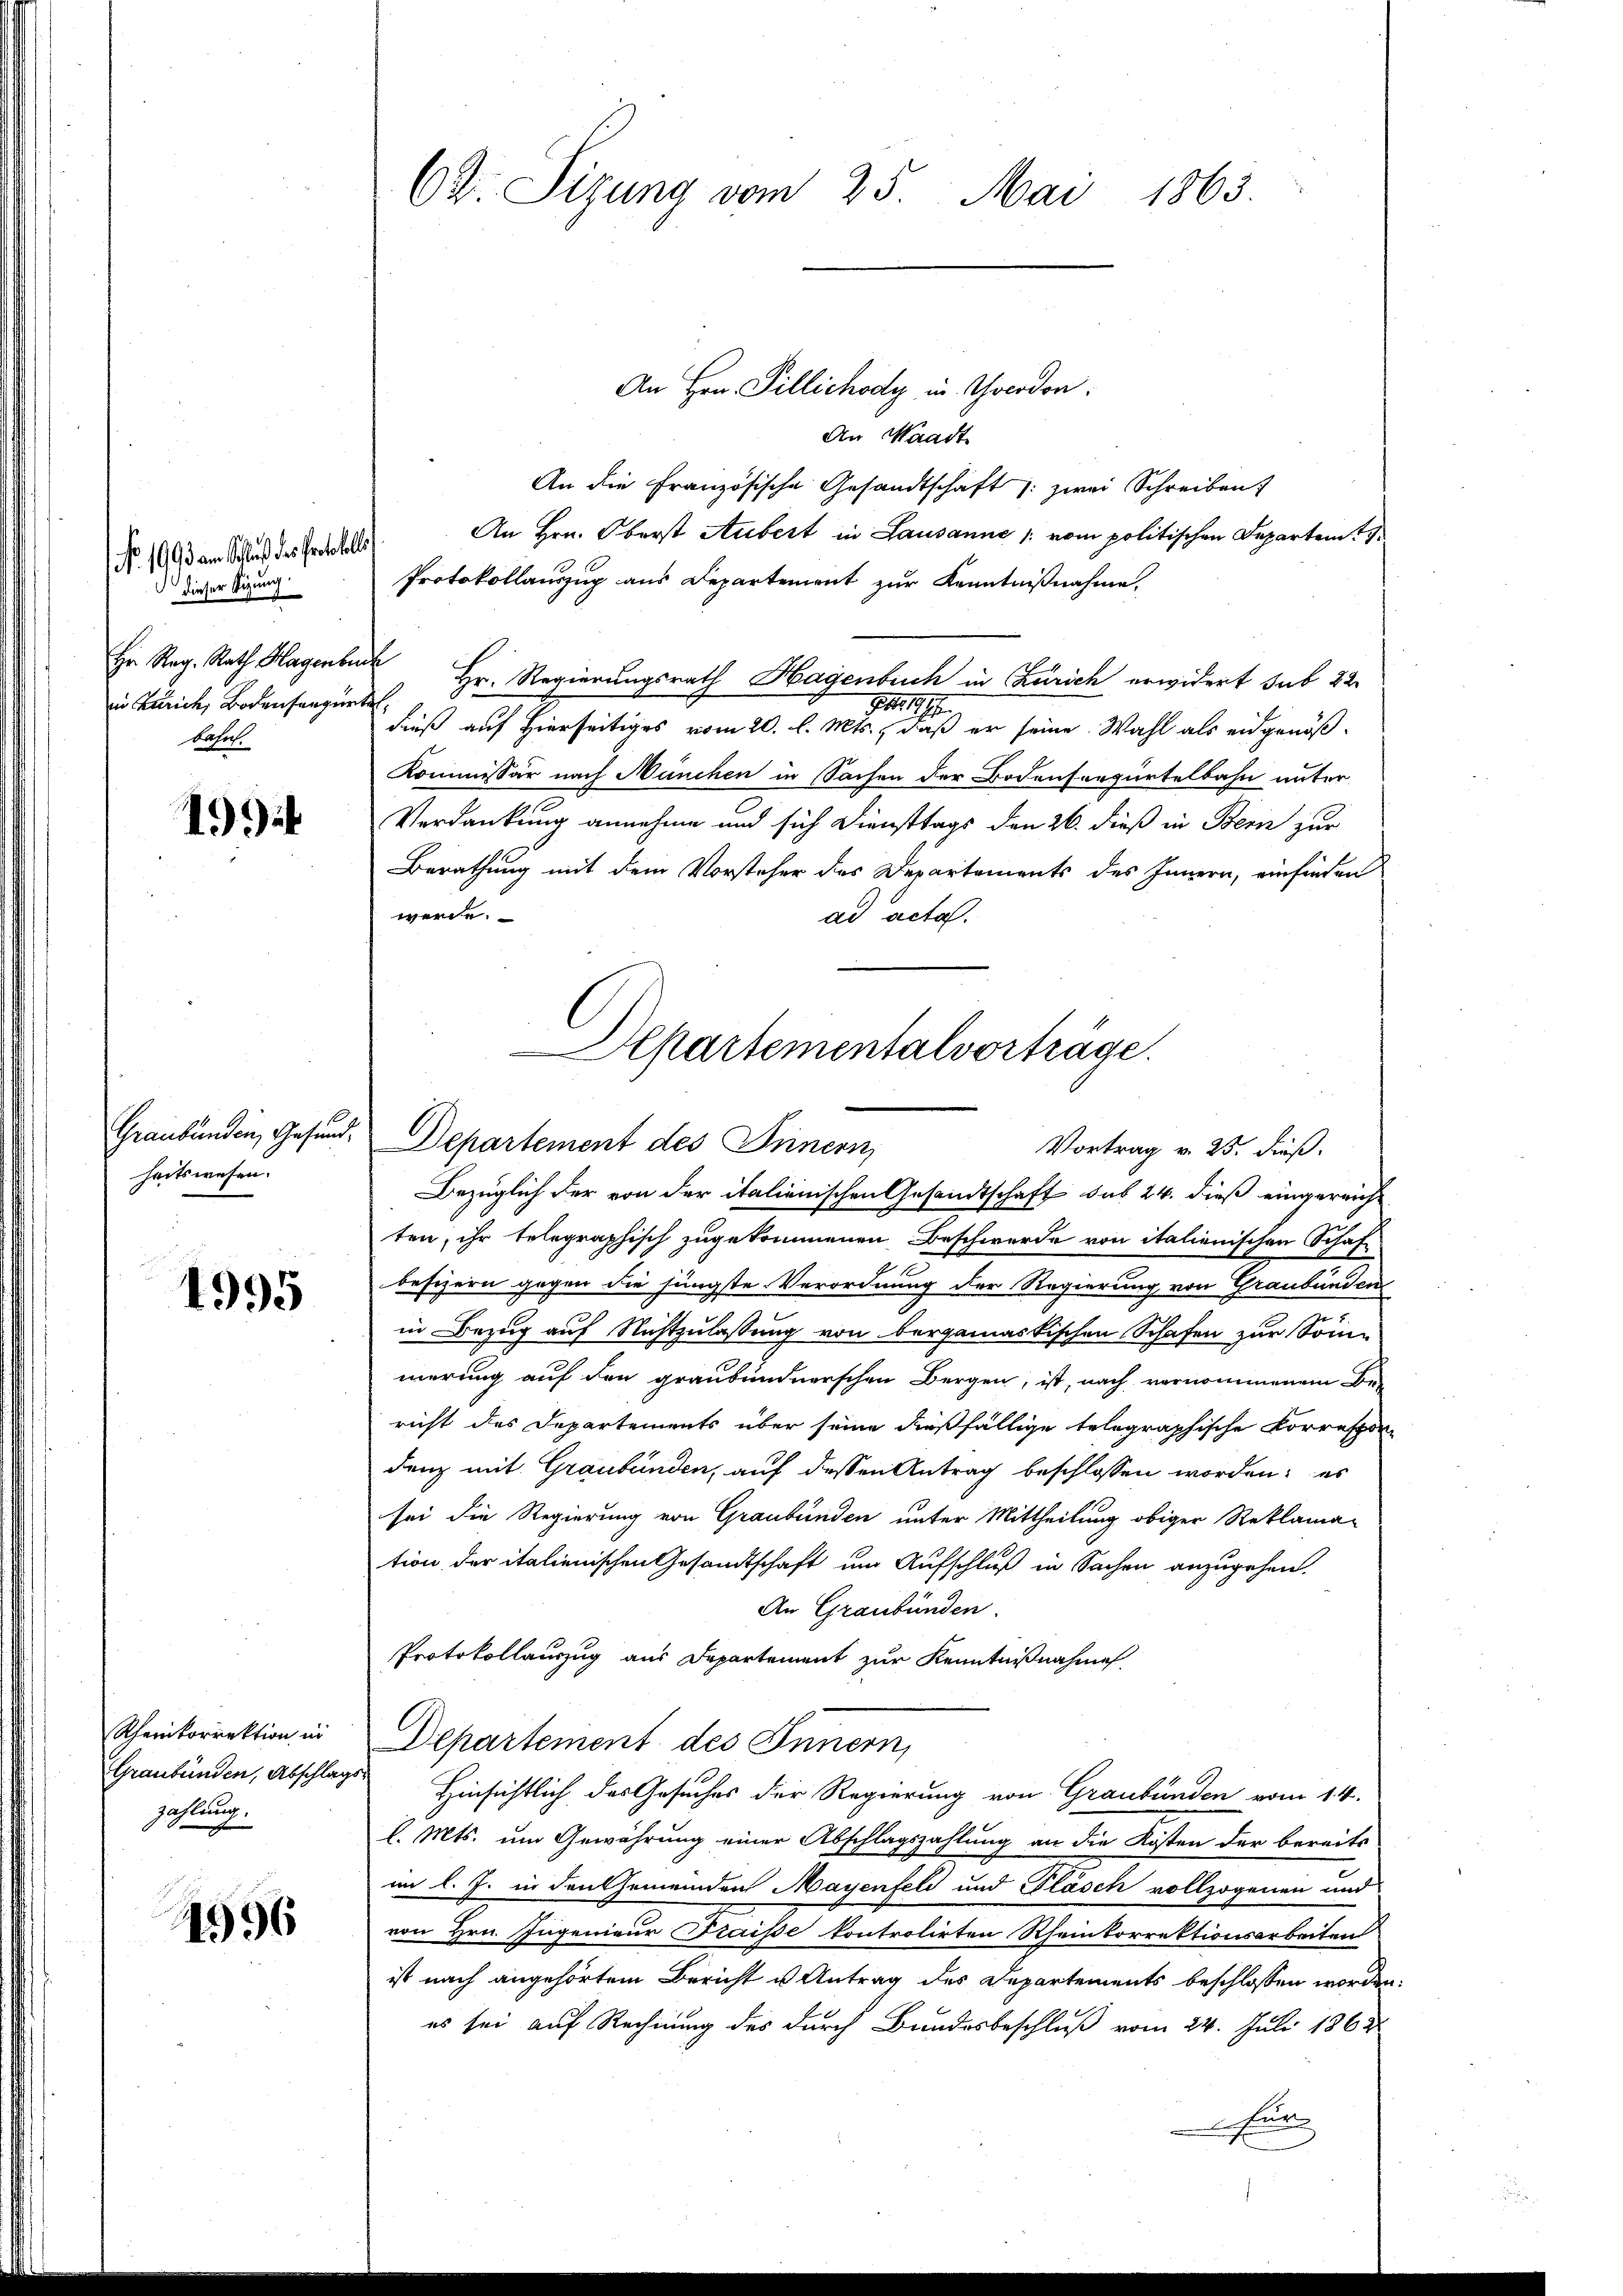
No 1093 am Schluß des Protokolls
dieser Sitzung
iin Zürich, Bodensangurte
bahnt.

1994

Graubünden, Gesundheitswesen.

4995

Rherkorrektion in
Graubünden, Abschlags
zahlung.

14996

Ct. Sizung vom 25. Mai 1863.

An Hrn. Pillichody in verdon
An Waadt
An die Französische Gesandtschaft 1: zwei Schreiben
An Hrn. Oberst Aubert in Lausanne /: vom politischen Departem t
Protokollauszug aus Departement zur Kenntnißnahme.
Hr. Reg. Rath Hagenbuch Hr. Regierungsrath Hagenbuch in Zürich erwidert sub 22
11. 1910.
dieß auf Hierseitiges vom 20. l. Mts., daß er seine Wahl als eidgenöß¬
Kommissär nach München in Sachen der Bodensorpürtelbahn unter
Verdankung annehme und sich Diensttags den 26. dieß in Bern zur
Berathung mit dem Vorsteher des Departements des Innern, einfinden
werde.
ad acta.
Bezüglich der von der italienischen Gesandtschaft sub 24. dieß eingereicht
ten, ihr telegraphisch zugekommenen Beschwerde von italienischen Schaf
besizern gegen die jüngste Verordnung der Regierung von Graubünden
in Bezug auf Nichtzulassung von bergamastischen Schafen zur Sonn
merung auf den graubündnerschen Bergen, ist, nach vernommenem Be-
richt des Departements über seine dießfällige telegraphische Korrespon-
denz mit Graubünden, auf dessen Antrag beschlossen worden; es
sei die Regierung von Graubünden unter Mittheilung obiger Reklama-
tion der italienischen Gesandtschaft um Aufschluß in Sachen anzugehen.
An Graubünden.
Protokollauszug aus Departement zur Kenntnißnahme
Departement des Innern,
 Hinsichtlich das Gesuches der Regierung von Graubünden vom 14.
l. Mts. um Gewährung einer Abschlagszahlung an die Kosten der bereits
im l. J. in den Gemeinden Mayenfeld und Flasch vollzogenen und
von Hrn. Ingenieur Fraisse kontrolirten Rheinkorrektionsarbeiten
ist nach angehörtem Bericht u Antrag des Departements beschlossen worden.
es sei auf Rechnung des durch Bundesbeschluß vom 24. Juli 1863.
Fur

Hepartementalvorträge.
Departement des Innern,
Vortrag v. 25. dieß.